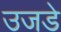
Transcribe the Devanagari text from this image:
उजडे